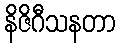
နိဇိဂီသနတာ